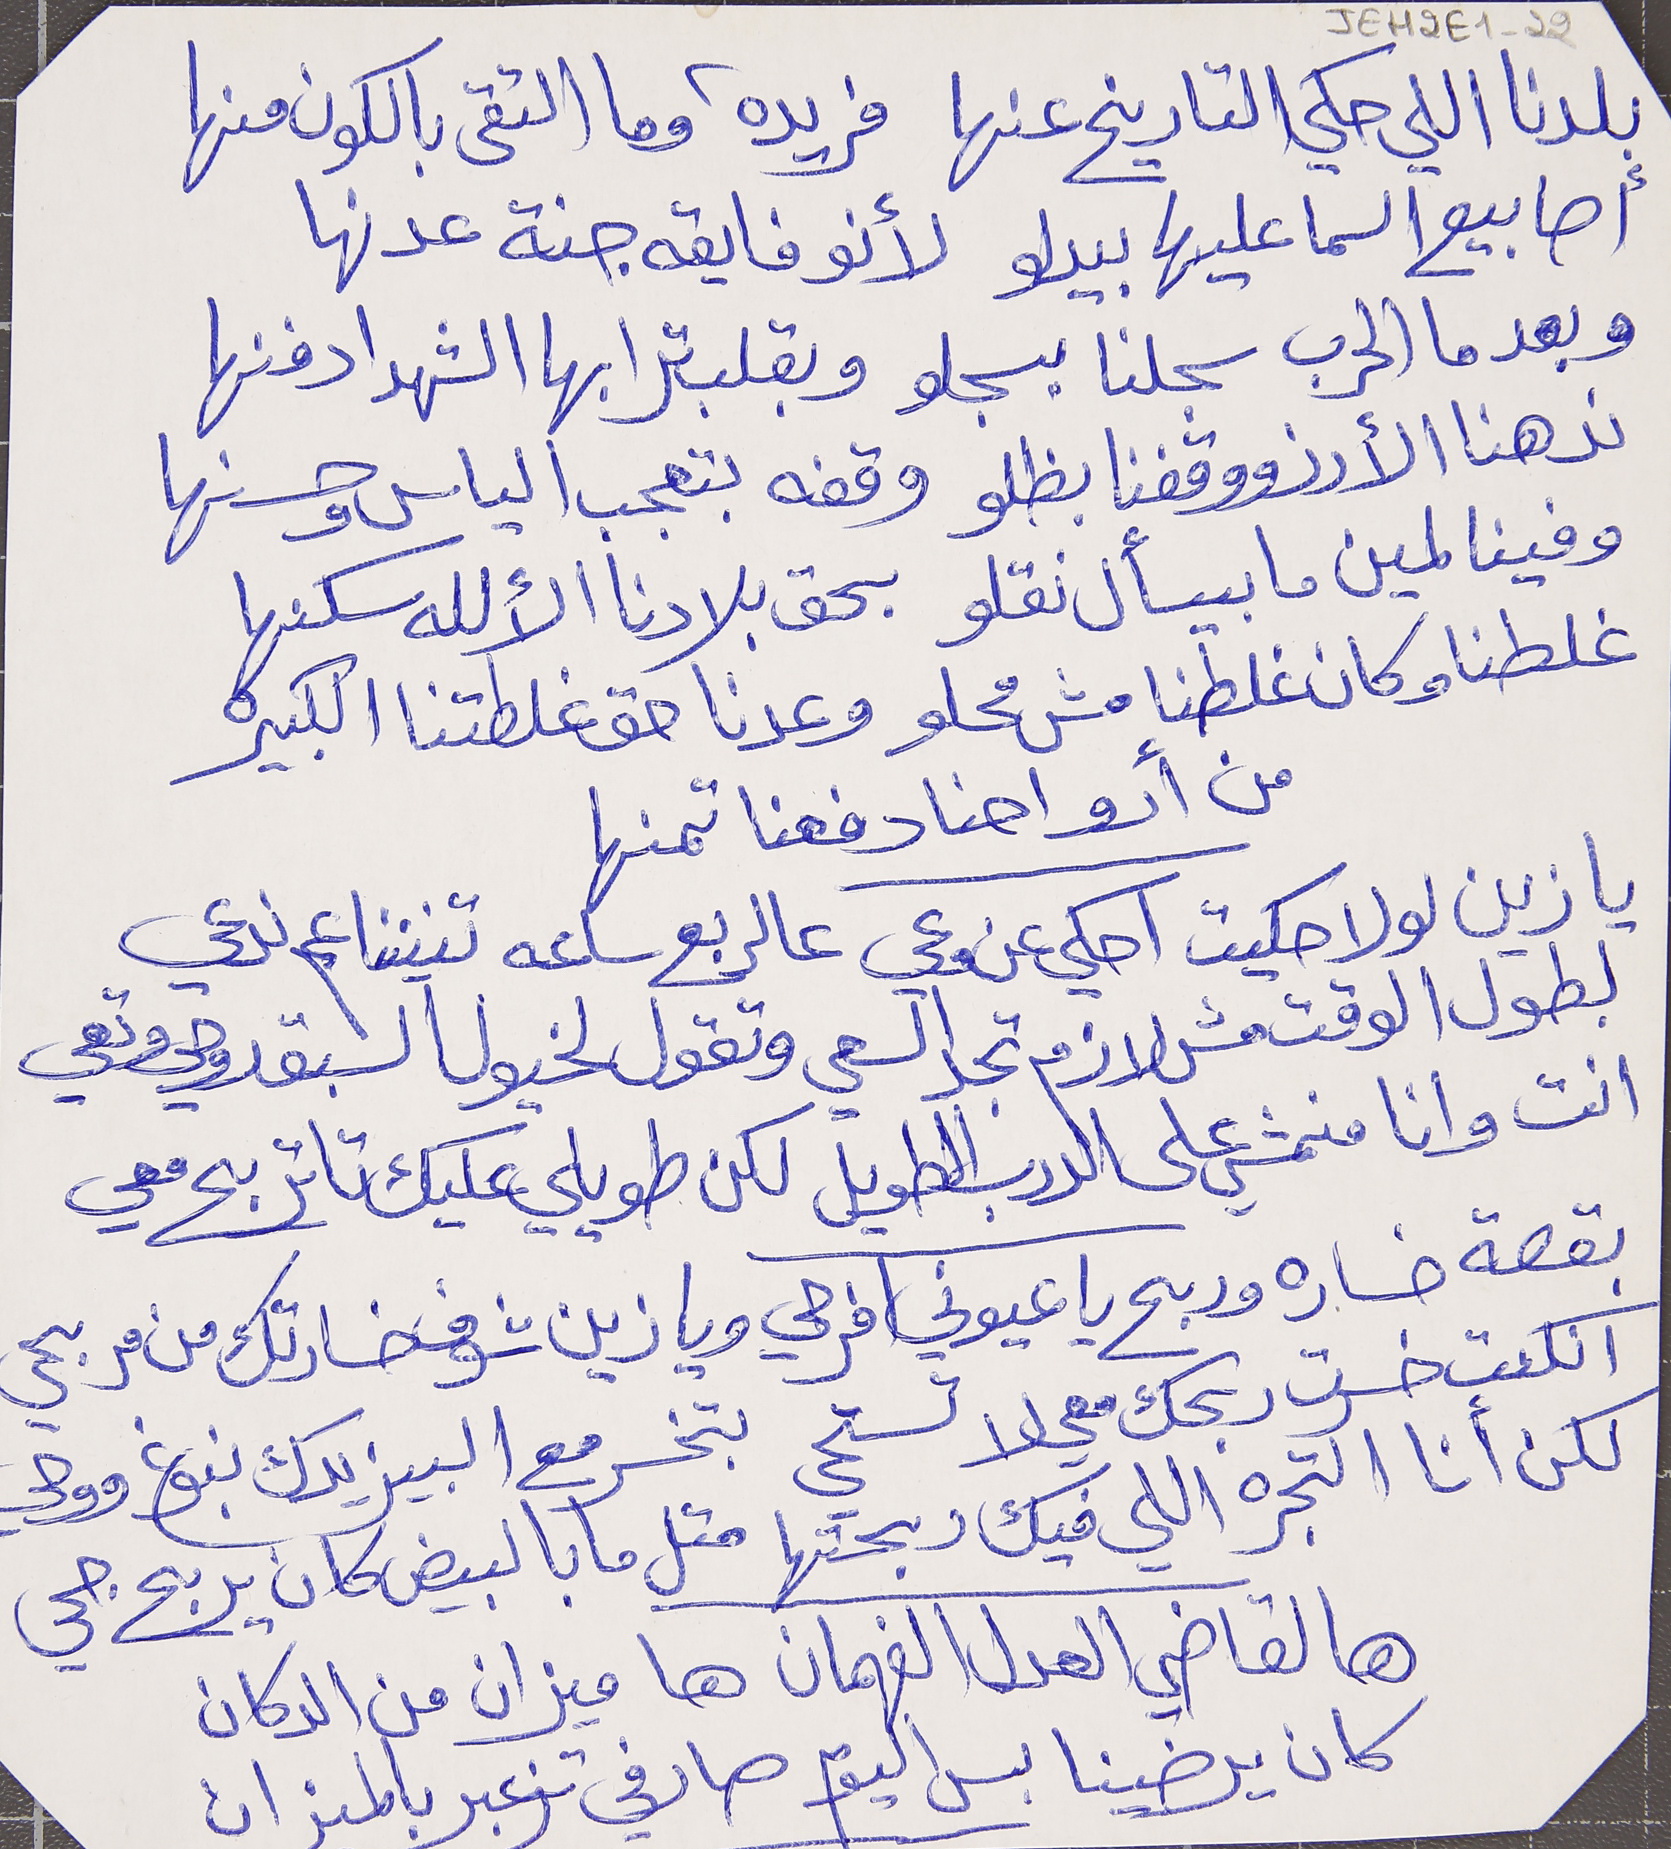
بلدنا اللي حكي التاريخ عنها      فريدة وما التقى بالكون منها
أصابيع السما عليها بيدلو      لأنو فايقه جنة عدنها
وبعدما الحرب سجلنا بسجلو      وبقلب ترابها الشهدا دفنها
ندهنا الأرز ووقفنا بظلو      وقفه بتعجب الياس وحسنها
وفينا لمين ما بيسأل نقلو      بحق بلادنا الألله سكنها
غلطنا وكان غلطنا مش محلو      وعدنا حق غلطتنا الكبيره
من أرواحنا دفعنا تمنها
 يا زين لولا حكيت احكي عن وعي  عالربع ساعه تنيننا عم ندعي
بطول الوقت مش لازم تجد السعي  وتقول لخيول السبق روحي وتعي
انت وانا منمشي على الدرب الطويل لكن طويلي عليك تا تربح معي
بقصة خساره وربح يا عيوني افرحي ويا زين شوف خسارتك من مربحي
انكنت خسرت ربحك معي لا تستحي بتخسر مع البيزيدك نبوغ ووحي
لكن أنا التجره اللي فيك ربحتها متل ما بالبيض كان يربح جحي
هالقاضي العدل الفهمان ها ميزان من الدكان
كان يرضينا بس اليوم صار في تزعبر بالمـىزان
JEH2E1-22